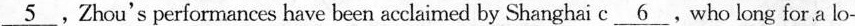
\underline{5} .Zhou's performances have been acclaimed by Shanghai c\underline{6}.Who long for a lo-